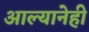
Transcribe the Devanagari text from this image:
आल्यानेही